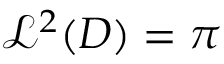
{ \mathcal { L } } ^ { 2 } ( D ) = \pi